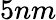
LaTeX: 5nm